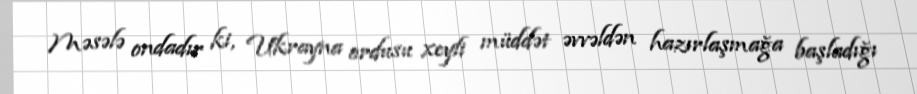
Məsələ ondadır ki, Ukrayna ordusu xeyli müddət əvvəldən hazırlaşmağa başladığı